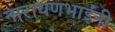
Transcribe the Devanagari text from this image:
नारायणभाईंनी